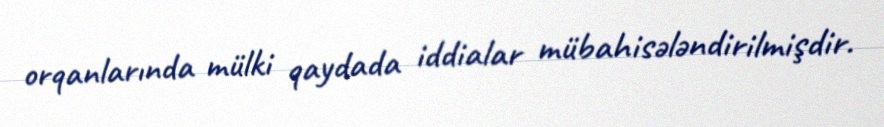
orqanlarında mülki qaydada iddialar mübahisələndirilmişdir.